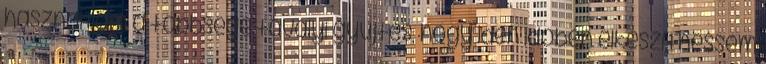
használtam a többsége tavalyi gyűjtés, hogy idén időben elkészíthessem